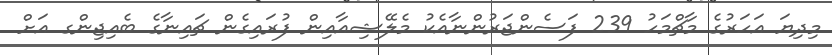
މިދިޔަ އަހަރުގެ މާޗްމަހު 239 ފަސެންޖަރުންނާއެކު މެލޭޝިއާއިން ފުރައިގެން ޗައިނާގެ ބެއިޖިންގ އަށް